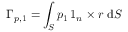
\boldsymbol { \Gamma } _ { p , { 1 } } = \int _ { S } p _ { 1 } \, \boldsymbol { 1 } _ { n } \times \boldsymbol { r } \ \mathrm { d } S